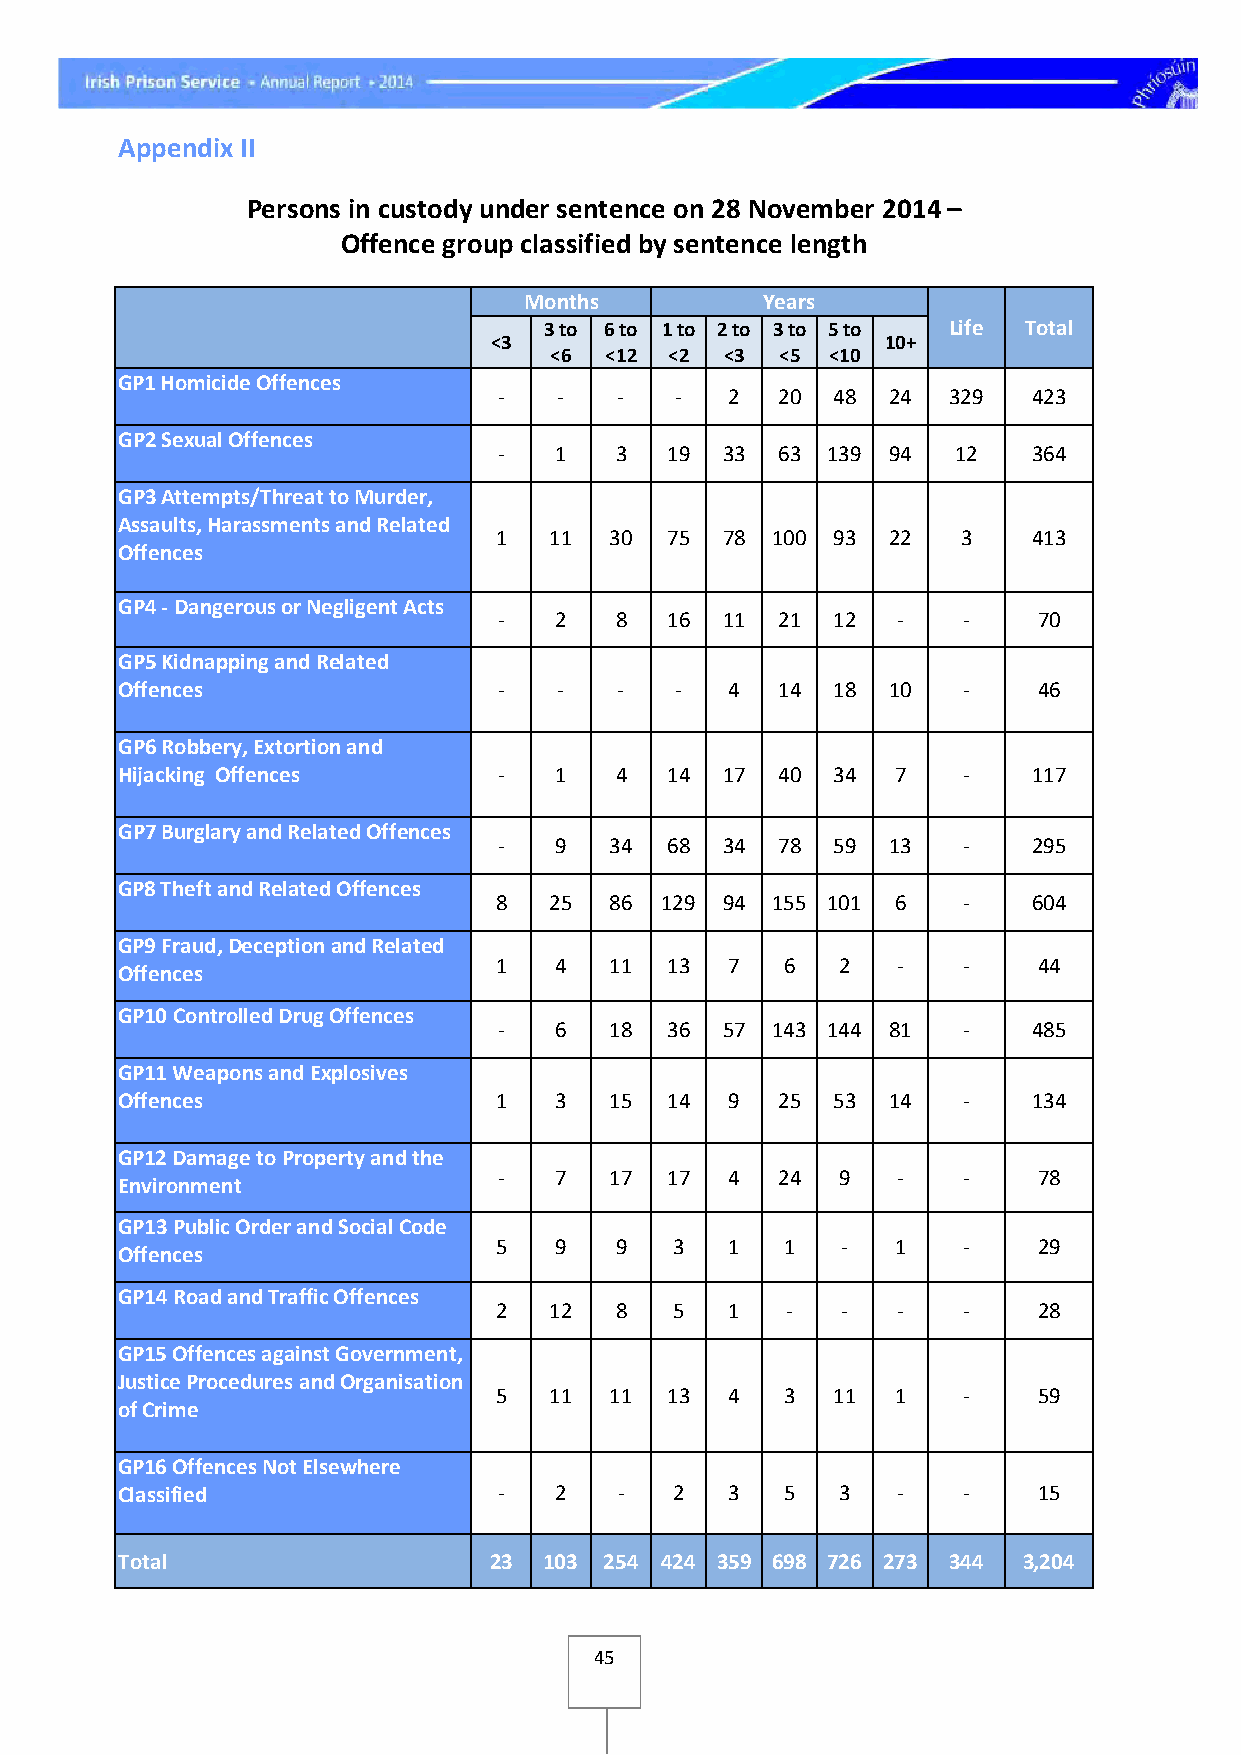
Appendix II
 Persons in custody under sentence on 28 November 2014 –
 Offence group classified by sentence length
 Months         Years
 3 to 6 to 1 to 2 to 3 to 5 to Life Total
 <3                         10+
 <6  <12 <2  <3  <5 <10
 GP1 Homicide Offences
 -   -   -   -  2  20  48  24  329  423
 GP2 Sexual Offences
 -   1   3  19  33 63  139 94  12   364
 GP3 Attempts/Threat to Murder,
 Assaults, Harassments and Related
 1  11  30  75  78 100 93  22   3   413
 Offences
 GP4 - Dangerous or Negligent Acts
 -   2   8  16  11 21  12  -    -    70
 GP5 Kidnapping and Related
 Offences                 -   -   -   -  4  14  18  10   -    46
 GP6 Robbery, Extortion and
 Hijacking Offences       -   1   4  14  17 40  34  7    -   117
 GP7 Burglary and Related Offences
 -   9  34  68  34 78  59  13   -   295
 GP8 Theft and Related Offences
 8  25  86  129 94 155 101 6    -   604
 GP9 Fraud, Deception and Related
 1   4  11  13  7   6   2  -    -    44
 Offences
 GP10 Controlled Drug Offences
 -   6  18  36  57 143 144 81   -   485
 GP11 Weapons and Explosives
 Offences                 1   3  15  14  9  25  53  14   -   134
 GP12 Damage to Property and the
 -   7  17  17  4  24   9  -    -    78
 Environment
 GP13 Public Order and Social Code
 5   9   9  3   1   1   -  1    -    29
 Offences
 GP14 Road and Traffic Offences
 2  12   8  5   1   -   -  -    -    28
 GP15 Offences against Government,
 Justice Procedures and Organisation
 5  11  11  13  4   3  11  1    -    59
 of Crime
 GP16 Offences Not Elsewhere
 Classified               -   2   -  2   3   5   3  -    -    15
 Total                   23  103 254 424 359 698 726 273 344 3,204
 45